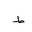
Letter: _da